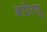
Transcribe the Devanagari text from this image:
बरित्सू